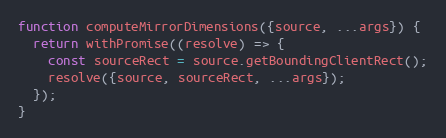
Language: JavaScript
function computeMirrorDimensions({source, ...args}) {
  return withPromise((resolve) => {
    const sourceRect = source.getBoundingClientRect();
    resolve({source, sourceRect, ...args});
  });
}